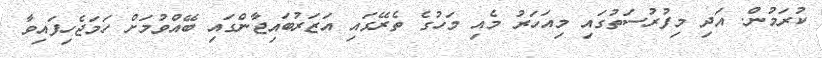
ކުރަމުން. އަދި މިފުރުސަތުގައި މިއަހަރު މެއި މަހުގެ ތެރޭގައި އަޒަރުބައިޖާންގައި ބޭއްވުމަށް ހަމަޖެހިފައިވާ